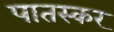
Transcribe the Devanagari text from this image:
पातस्कर